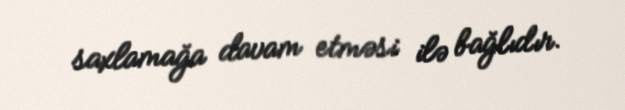
saxlamağa davam etməsi ilə bağlıdır.